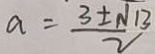
a = \frac { 3 \pm \sqrt { 1 3 } } { 2 }